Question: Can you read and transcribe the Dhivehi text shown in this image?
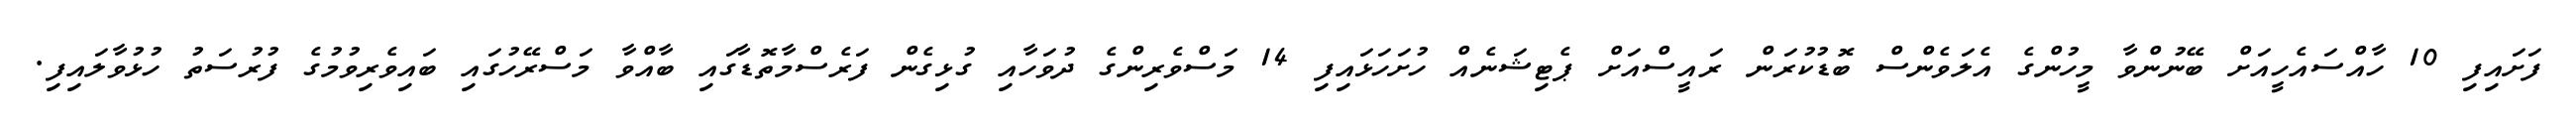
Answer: ފަށައިފި 10 ހާއްސައެހީއަށް ބޭނުންވާ މީހުންގެ އެލަވެންސް ބޮޑުކުރަން ރައީސްއަށް ޕެޓިޝަނެއް ހުށަހަޅައިފި 14 މަސްވެރިންގެ ދުވަހާއި ގުޅިގެން ފަރެސްމާތޮޑާގައި ބާއްވާ މަސްރޭހުގައި ބައިވެރިވުމުގެ ފުރުސަތު ހުޅުވާލައިފި.